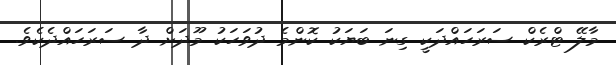
މާލޭ ޓްރެކް ސަރަހައްދަކީ ގިނަ ބަޔަކު ކޮންމެ ދުވަހަކު މޫދަށް ދާ ސަރަހައްދެކެވެ.